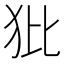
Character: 𤜻